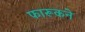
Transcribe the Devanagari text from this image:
फारूकने